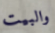
والبيت